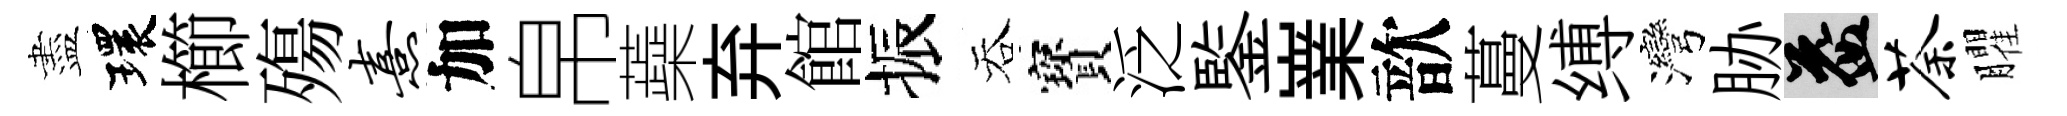
盡環櫛殤熹加帛蘃弃館振吞寳泛鍳嶪歆蔓缚灣胁益荼臞